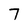
Character: 7